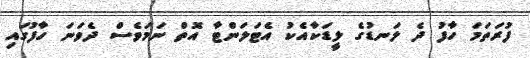
ފުރަތަމަ ހާފު ދެ ލަނޑުގެ ލީޑަކާއެކު އެޓަލަންޓާ އޮތް ނަމަވެސް ދެވަނަ ހާފުގައި